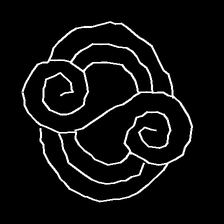
Glyph: wind-underfoot